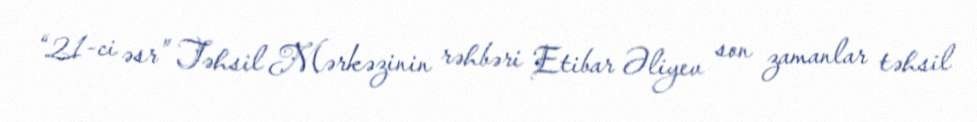
“21-ci əsr” Təhsil Mərkəzinin rəhbəri Etibar Əliyev son zamanlar təhsil